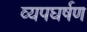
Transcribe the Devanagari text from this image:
व्यपघर्षण